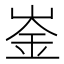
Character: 崟